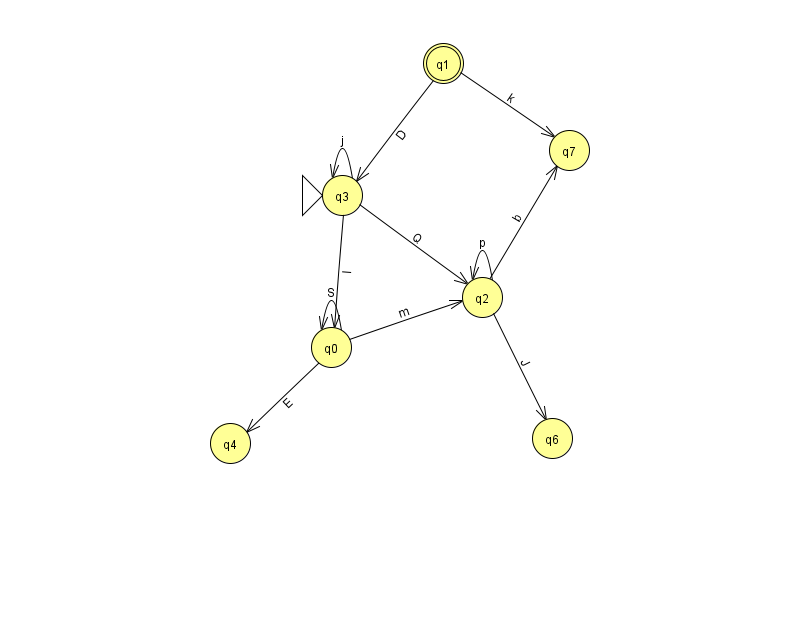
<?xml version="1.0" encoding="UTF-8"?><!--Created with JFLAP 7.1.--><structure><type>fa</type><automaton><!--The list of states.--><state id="0" name="q0"><x>331.0</x><y>334.0</y></state><state id="1" name="q1"><x>443.0</x><y>50.0</y><final/></state><state id="2" name="q2"><x>482.0</x><y>284.0</y></state><state id="3" name="q3"><x>342.0</x><y>182.0</y><initial/></state><state id="4" name="q4"><x>230.0</x><y>430.0</y></state><state id="6" name="q6"><x>552.0</x><y>425.0</y></state><state id="7" name="q7"><x>569.0</x><y>137.0</y></state><!--The list of transitions.--><transition><from>2</from><to>2</to><read>p</read></transition><transition><from>3</from><to>2</to><read>Q</read></transition><transition><from>0</from><to>0</to><read>S</read></transition><transition><from>2</from><to>7</to><read>b</read></transition><transition><from>1</from><to>3</to><read>D</read></transition><transition><from>0</from><to>4</to><read>E</read></transition><transition><from>1</from><to>7</to><read>k</read></transition><transition><from>2</from><to>6</to><read>J</read></transition><transition><from>3</from><to>3</to><read>j</read></transition><transition><from>0</from><to>2</to><read>m</read></transition><transition><from>3</from><to>0</to><read>I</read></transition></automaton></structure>